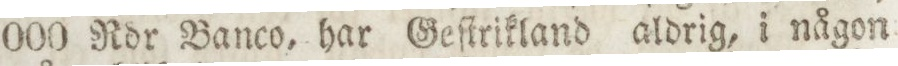
000 Rdr Banco, har Geſtrikland aldrig, i någon